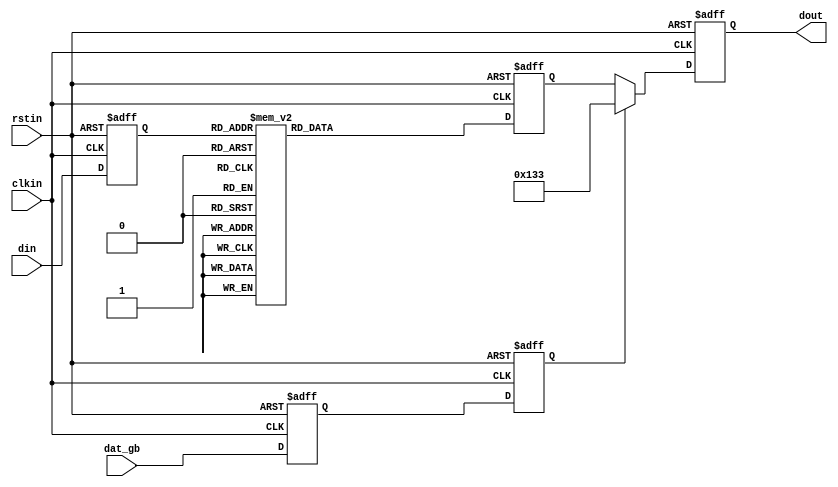
//////////////////////////////////////////////////////////////////////////////
// Copyright (c) 2011, Andrew "bunnie" Huang
// All rights reserved.
//
// Redistribution and use in source and binary forms, with or without modification, 
// are permitted provided that the following conditions are met:
//
//  * Redistributions of source code must retain the above copyright notice, 
//    this list of conditions and the following disclaimer.
//  * Redistributions in binary form must reproduce the above copyright notice, 
//    this list of conditions and the following disclaimer in the documentation and/or 
//    other materials provided with the distribution.
//
//    THIS SOFTWARE IS PROVIDED BY THE COPYRIGHT HOLDERS AND CONTRIBUTORS "AS IS" AND ANY 
//    EXPRESS OR IMPLIED WARRANTIES, INCLUDING, BUT NOT LIMITED TO, THE IMPLIED WARRANTIES 
//    OF MERCHANTABILITY AND FITNESS FOR A PARTICULAR PURPOSE ARE DISCLAIMED. IN NO EVENT 
//    SHALL THE COPYRIGHT HOLDER OR CONTRIBUTORS BE LIABLE FOR ANY DIRECT, INDIRECT, 
//    INCIDENTAL, SPECIAL, EXEMPLARY, OR CONSEQUENTIAL DAMAGES (INCLUDING, BUT NOT 
//    LIMITED TO, PROCUREMENT OF SUBSTITUTE GOODS OR SERVICES; LOSS OF USE, DATA, OR 
//    PROFITS; OR BUSINESS INTERRUPTION) HOWEVER CAUSED AND ON ANY THEORY OF LIABILITY, 
//    WHETHER IN CONTRACT, STRICT LIABILITY, OR TORT (INCLUDING NEGLIGENCE OR OTHERWISE) 
//    ARISING IN ANY WAY OUT OF THE USE OF THIS SOFTWARE, EVEN IF ADVISED OF THE 
//    POSSIBILITY OF SUCH DAMAGE.
//
//////////////////////////////////////////////////////////////////////////////
`timescale 1 ps / 1ps

module encode_terc4 (
  input            clkin,    // pixel clock input
  input            rstin,    // async. reset input (active high)
  input      [3:0] din,      // data inputs: expect registered
  output reg [9:0] dout,      // data outputs
  input            dat_gb
);

   reg [3:0] 	   din_q;    // extra stages to match pipeline delays
   reg [9:0] 	   q_m_reg;  // extra stages to match pipeline delays

   reg             dat_gb_q, dat_gb_reg;

   always @(posedge clkin or posedge rstin) begin
      if(rstin) begin
	 din_q <= 4'b0;
	 dout <= 10'b0;
	 dat_gb_q <= 1'b0;
	 dat_gb_reg <= 1'b0;
      end else begin
	 din_q <= din;
	 dat_gb_q <= dat_gb;
	 dat_gb_reg <= dat_gb_q;

	 if( dat_gb_reg ) begin
	    dout <= 10'b0100110011;
	 end else begin
	    dout <= q_m_reg;
	 end
      end // else: !if(rstin)
   end // always @ (posedge clkin or posedge rstin)
   
   always @(posedge clkin or posedge rstin) begin
      if( rstin ) begin
	 q_m_reg[9:0] <= 10'h0;
      end else begin
      case ({din_q[3], din_q[2], din_q[1], din_q[0]})
	4'b0000: q_m_reg[9:0] <= 10'b1010011100;
	4'b0001: q_m_reg[9:0] <= 10'b1001100011;
	4'b0010: q_m_reg[9:0] <= 10'b1011100100;
	4'b0011: q_m_reg[9:0] <= 10'b1011100010;
	4'b0100: q_m_reg[9:0] <= 10'b0101110001;
	4'b0101: q_m_reg[9:0] <= 10'b0100011110;
	4'b0110: q_m_reg[9:0] <= 10'b0110001110;
	4'b0111: q_m_reg[9:0] <= 10'b0100111100;
	4'b1000: q_m_reg[9:0] <= 10'b1011001100;
	4'b1001: q_m_reg[9:0] <= 10'b0100111001;
	4'b1010: q_m_reg[9:0] <= 10'b0110011100;
	4'b1011: q_m_reg[9:0] <= 10'b1011000110;
	4'b1100: q_m_reg[9:0] <= 10'b1010001110;
	4'b1101: q_m_reg[9:0] <= 10'b1001110001;
	4'b1110: q_m_reg[9:0] <= 10'b0101100011;
	4'b1111: q_m_reg[9:0] <= 10'b1011000011;
	// no default since all cases are covered in this ROM.
      endcase // case ({din_q[3], din_q[2], din_q[1], din_q[0]})
      end // else: !if( rstin )
   end // always @ (posedge clkin or posedge rstin)

endmodule // encode_terc4